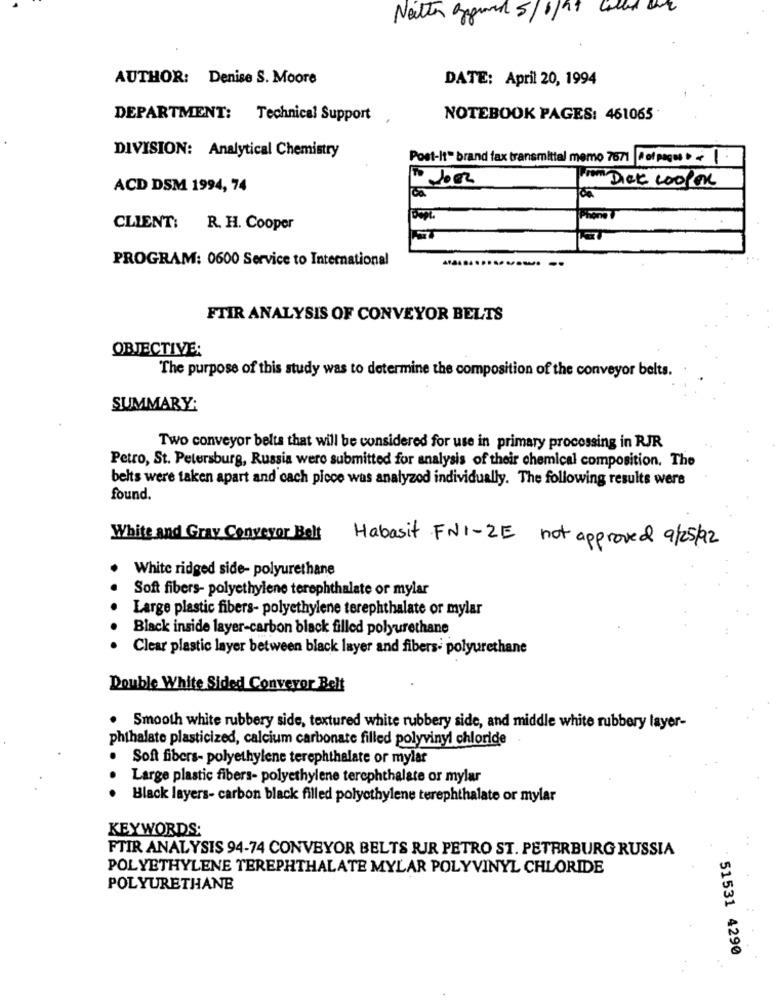
Natter Oggived 5/1/19
AUTHOR: Denise S. Moore
DATE: April 20, 1994
DEPARTMENT: Technical Support
NOTEBOOK PAGES: 461065
DIVISION: Analytical Chemistry
Post-it" brand fax transmittal memo 7671 fot pecos 1
Dick cooler
ACD DSM 1994, 74
CLIENT:
R. H. Cooper
PROGRAM: 0600 Service to International
FTIR ANALYSIS OF CONVEYOR BELTS
OBJECTIVE:
The purpose of this study was to determine the composition of the conveyor belts.
SUMMARY:
Two conveyor belts that will be considered for use in primary processing in RJR
Petro, St. Petersburg, Russia wero submitted for analysis of their chemical composition. The
belts were taken apart and cach piece was analyzed individually. The following results were
found.
White and Gray Conveyor Belt
Habasit FNI-ZE not approved 9/25/92
White ridged side- polyurethane
Soft fibers- polyethylene terephthalate or mylar
Large plastic fibers- polyethylene terephthalate or mylar
Black inside layer-carbon black filled polyurethane
Clear plastic layer between black layer and fibers- polyurethane
Double White Sided Conveyor Belt
Smooth white rubbery side, textured white rubbery side, and middle white rubbery layer-
phthalate plasticized, calcium carbonate filled polyvinyl chloride
Soft fibers- polyethylene terephthalate or mylar
Large plastic fibers- polyethylene terephthalate or mylar
Black layers- carbon black filled polyethylene terephthalate or mylar
KEYWORDS:
FTIR ANALYSIS 94-74 CONVEYOR BELTS RIR PETRO ST. PETERBURG RUSSIA
POLYETHYLENE TEREPHTHALATE MYLAR POLYVINYL CHLORIDE
POLYURETHANE
51531 4290